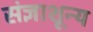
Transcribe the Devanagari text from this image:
संज्ञाशून्य